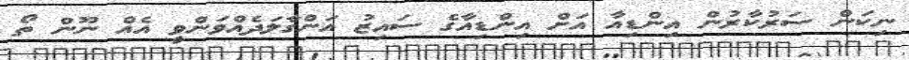
ނިކަން ސަރުކާރުން އިންޑިއާ އަށް އިންޑިއާގެ ސައިޒު އަންގާލަދެއްވަންވީ އެއް ނޫން ތޯ